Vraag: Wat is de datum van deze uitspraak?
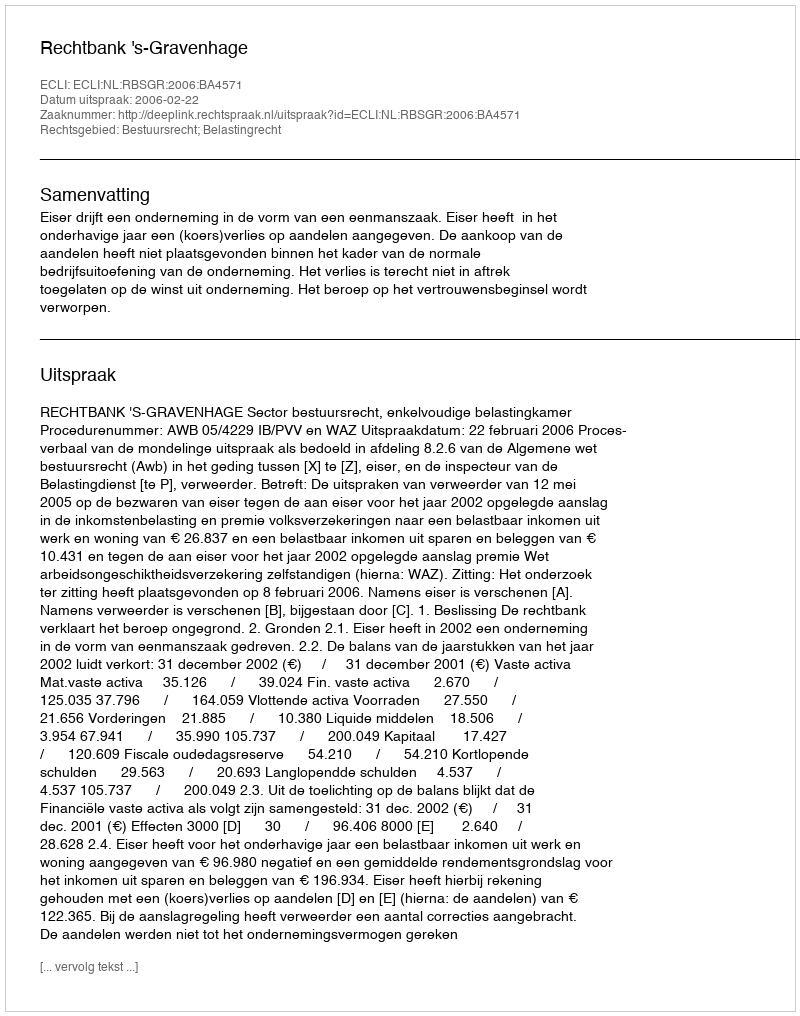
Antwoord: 2006-02-22